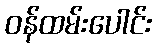
ဝန်ထမ်းပေါင်း